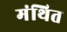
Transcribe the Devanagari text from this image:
मंथित